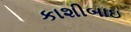
કાશીબાઇ